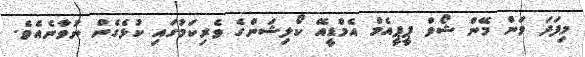
މިފަދަ ވަން މޭން ޝޯވް ޕީީޕީއެމް އެމްޑީއޭ ކޯލިޝަންގެ ވެރިކަމުގައި ކުޅެގެން ނުވާނެއެވެ.